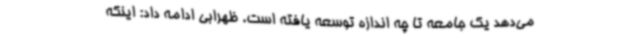
می‌دهد یک جامعه تا چه اندازه توسعه یافته است. ظهرابی ادامه داد: اینکه